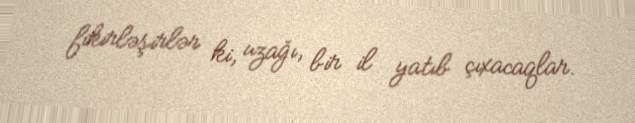
fikirləşirlər ki, uzağı, bir il yatıb çıxacaqlar.